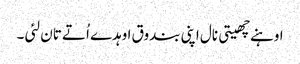
اوہنے چھیتی نال اپنی بندوق اوہدے اُتے تان لئی ۔